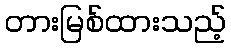
တားမြစ်ထားသည့်